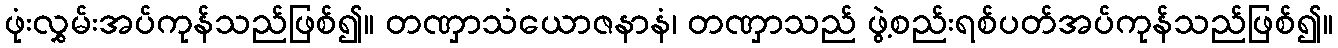
ဖုံးလွှမ်းအပ်ကုန်သည်ဖြစ်၍။ တဏှာသံယောဇနာနံ၊ တဏှာသည် ဖွဲ့စည်းရစ်ပတ်အပ်ကုန်သည်ဖြစ်၍။